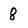
Character: 8